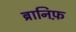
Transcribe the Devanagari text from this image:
ब्रानिफ़